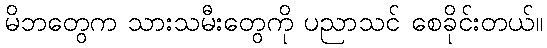
မိဘတွေက သားသမီးတွေကို ပညာသင် စေခိုင်းတယ်။